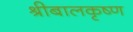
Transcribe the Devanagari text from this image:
श्रीबालकृष्ण